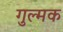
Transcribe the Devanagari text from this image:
गुल्मक